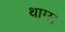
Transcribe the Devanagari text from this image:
थाग्स